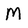
Character: M